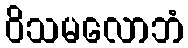
ဝိသမလောဘံ